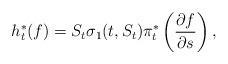
LaTeX: \begin{align*} h^*_t(f)= S_t \sigma_1(t,S_t) \pi^*_t \left(\frac{\partial f }{\partial s}\right), \end{align*}